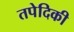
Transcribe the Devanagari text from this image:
तपेदिकी